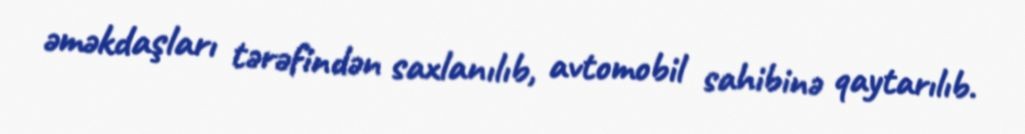
əməkdaşları tərəfindən saxlanılıb, avtomobil sahibinə qaytarılıb.